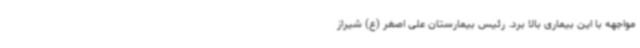
مواجهه با این بیماری بالا برد. رئیس بیمارستان علی اصغر (ع) شیراز